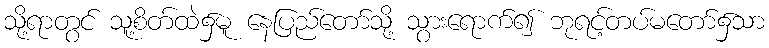
သို့ရာတွင် သူ့စိတ်ထဲ၌မူ နေပြည်တော်သို့ သွားရောက်၍ ဘုရင့်တပ်မတော်၌သာ